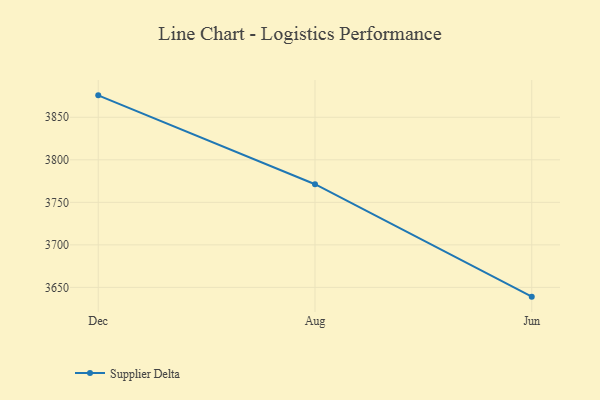
{"axis": {"x": "Month", "y": "Inventory Turnover"}, "legend": ["Supplier Delta"], "data": [{"x": "Dec", "y": 3875.8, "type": "Supplier Delta"}, {"x": "Aug", "y": 3771.3, "type": "Supplier Delta"}, {"x": "Jun", "y": 3639.1, "type": "Supplier Delta"}]}